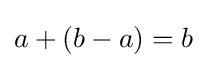
a+(b-a)=b